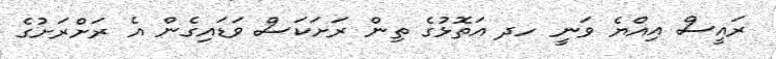
ރައީސް އިއްޔެ ވަނީ ހދ އަތޮޅުގެ ތިން ރަށަކަސް ވަޑައިގެން އެ ރަށްރަށުގެ